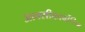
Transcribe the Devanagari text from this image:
आक्‍सीकार्बोजिम